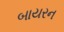
બાયરન